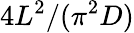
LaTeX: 4L^{2}/(\pi^{2}D)